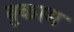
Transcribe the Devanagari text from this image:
बुकाम